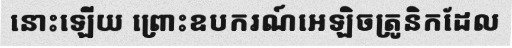
នោះឡើយ ព្រោះឧបករណ៍អេឡិចត្រូនិកដែល